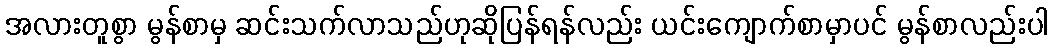
အလားတူစွာ မွန်စာမှ ဆင်းသက်လာသည်ဟုဆိုပြန်ရန်လည်း ယင်းကျောက်စာမှာပင် မွန်စာလည်းပါ